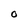
Character: o